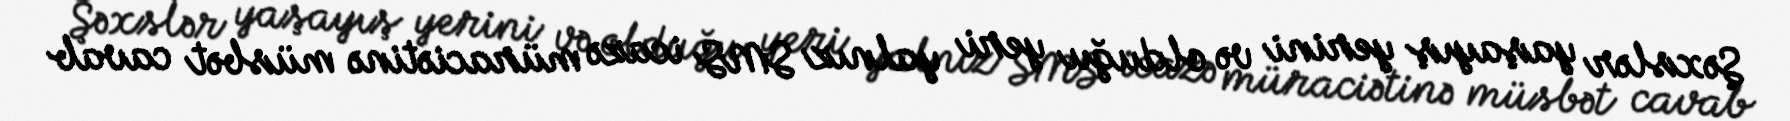
Şəxslər yaşayış yerini və olduğu yeri yalnız SMS icazə müraciətinə müsbət cavab